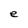
Character: e